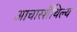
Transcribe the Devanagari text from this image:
आचारशैथिल्य